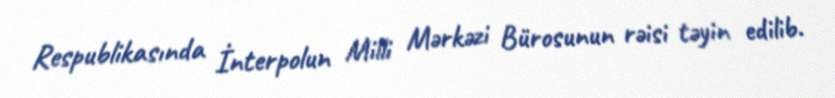
Respublikasında İnterpolun Milli Mərkəzi Bürosunun rəisi təyin edilib.